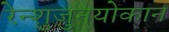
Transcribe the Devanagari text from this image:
रेन्शुजुनयोकान